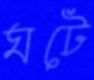
ঘটে